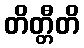
တိတ္တီတိ